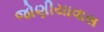
જોણીયાવાસ